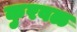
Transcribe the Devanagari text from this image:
कुरवळ